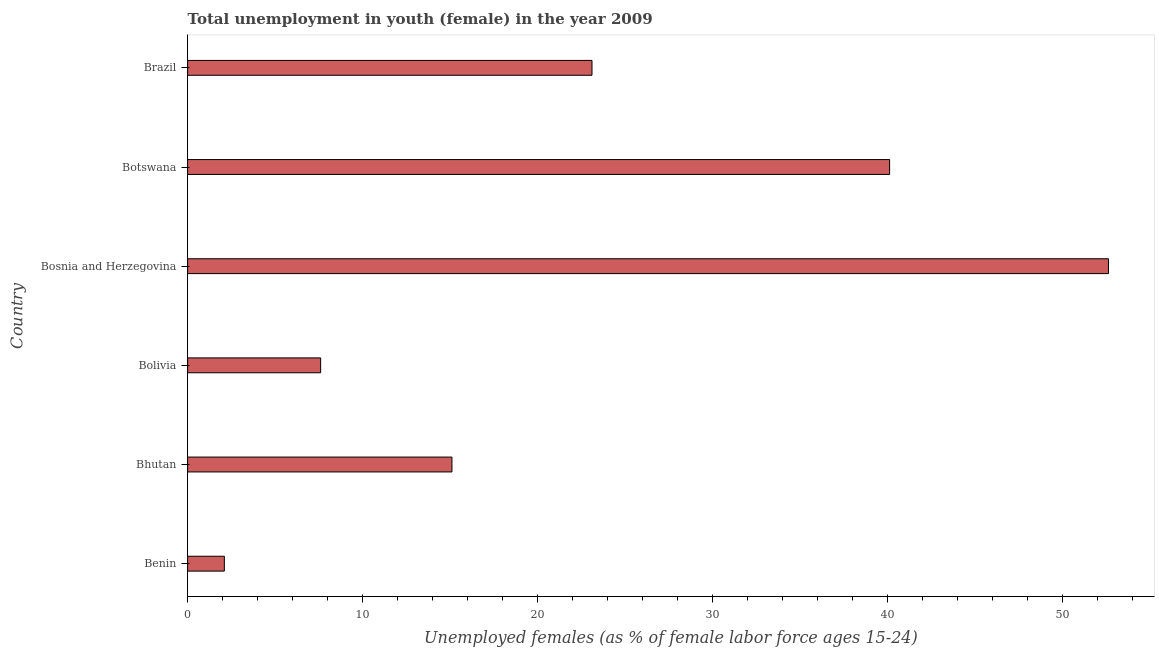
| Country | Unemployment |
 | --- | --- |
 | Benin | 2.1 |
 | Bhutan | 15.1 |
 | Bolivia | 7.6 |
 | Bosnia and Herzegovina | 52.6 |
 | Botswana | 40.1 |
 | Brazil | 23.1 |